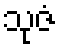
သုဇံ